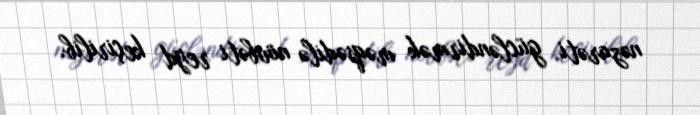
nəzarəti gücləndirmək məqsədilə növbəti reyd keçirilib.